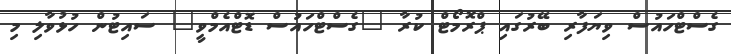
ގެސްޓްހައުސް ވިޔަފާރި ބޭރުގައި ޕްރޮމޯޓް ކުރާ "ގެސްޓްހައުސް ޑޮޓްއެމްވީ" ސައިޓުން ހުޅުވާލި މި